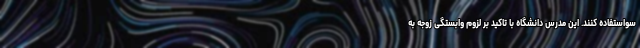
سواستفاده کنند. این مدرس دانشگاه با تاکید بر لزوم وابستگی زوجه به